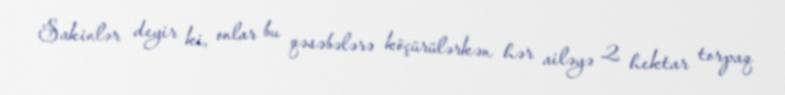
Sakinlər deyir ki, onlar bu qəsəbələrə köçürülərkən hər ailəyə 2 hektar torpaq